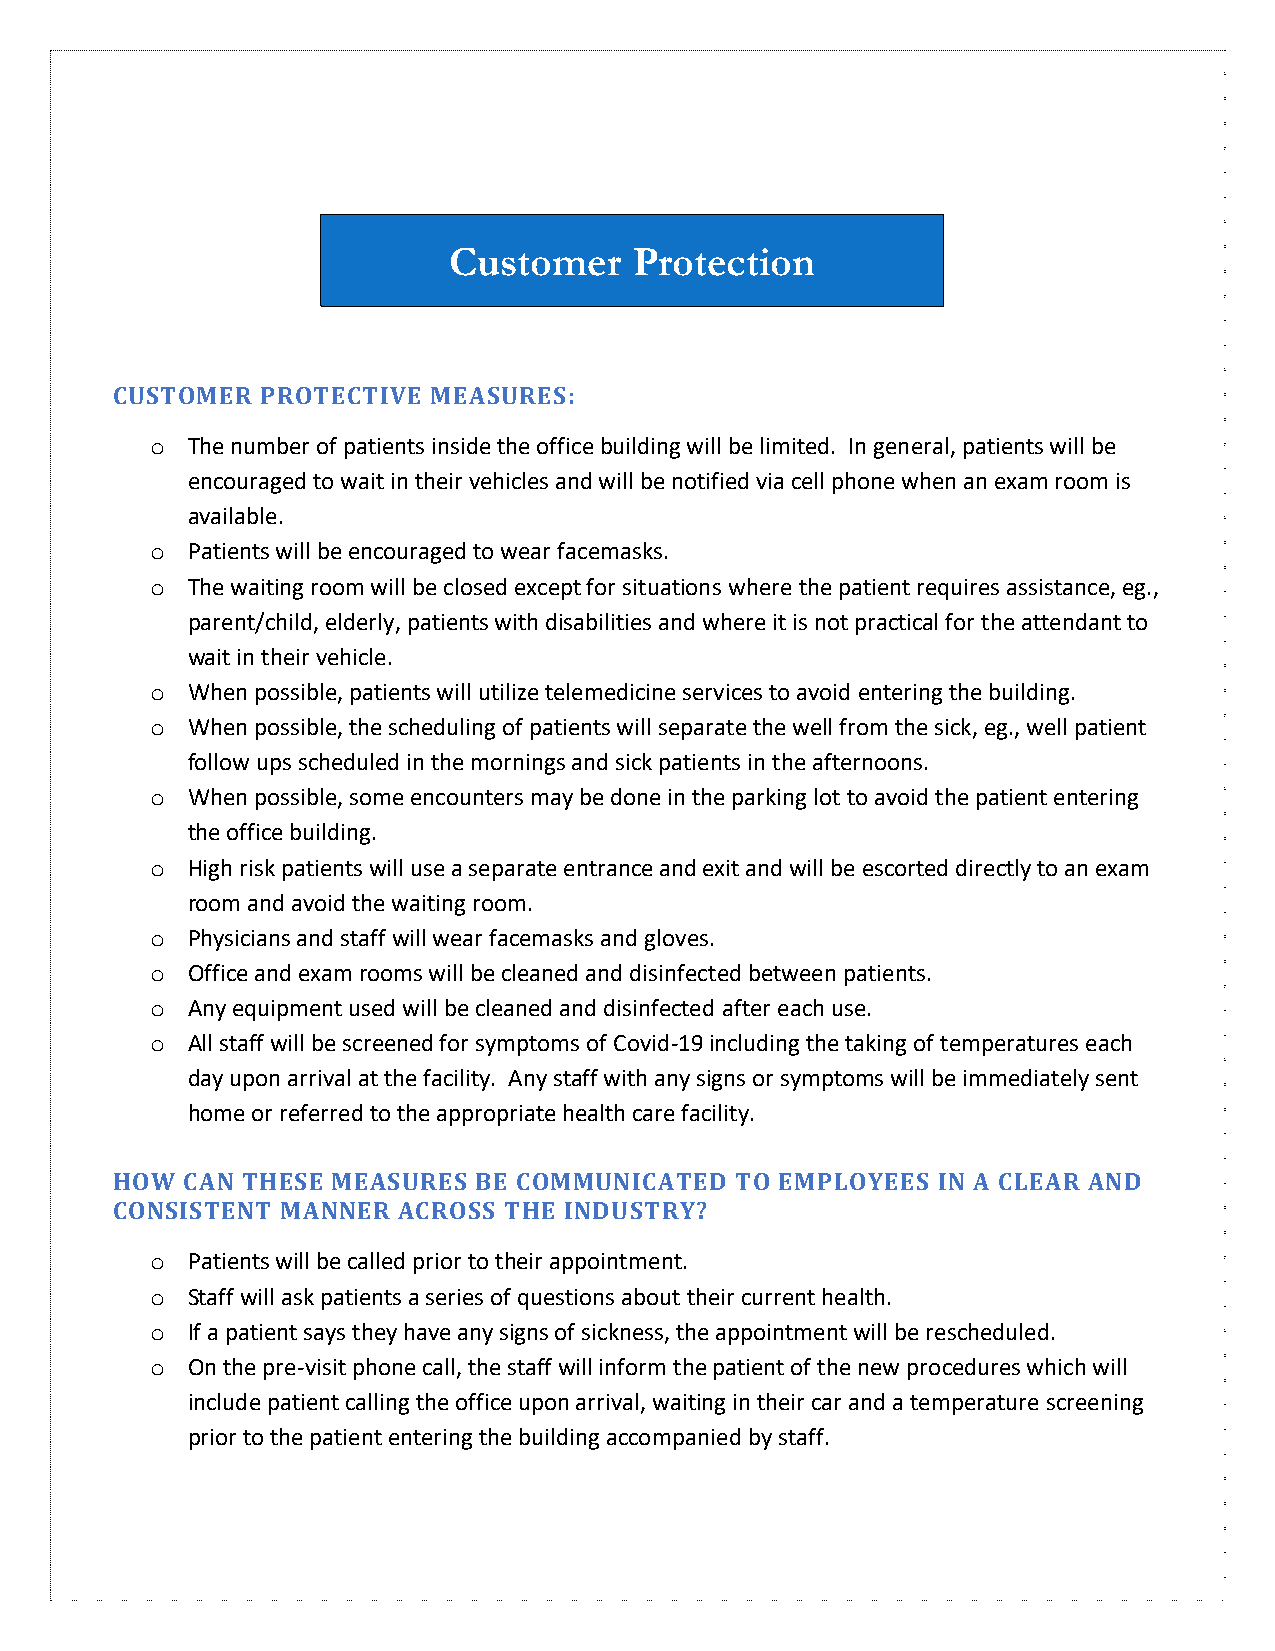
Customer    Protection
 CUSTOMER  PROTECTIVE  MEASURES:
 o The number of patients inside the office building will be limited. In general, patients will be
 encouraged to wait in their vehicles and will be notified via cell phone when an exam room is
 available.
 o Patients will be encouraged to wear facemasks.
 o The waiting room will be closed except for situations where the patient requires assistance, eg.,
 parent/child, elderly, patients with disabilities and where it is not practical for the attendant to
 wait in their vehicle.
 o When possible, patients will utilize telemedicine services to avoid entering the building.
 o When possible, the scheduling of patients will separate the well from the sick, eg., well patient
 follow ups scheduled in the mornings and sick patients in the afternoons.
 o When possible, some encounters may be done in the parking lot to avoid the patient entering
 the office building.
 o High risk patients will use a separate entrance and exit and will be escorted directly to an exam
 room and avoid the waiting room.
 o Physicians and staff will wear facemasks and gloves.
 o Office and exam rooms will be cleaned and disinfected between patients.
 o Any equipment used will be cleaned and disinfected after each use.
 o All staff will be screened for symptoms of Covid-19 including the taking of temperatures each
 day upon arrival at the facility. Any staff with any signs or symptoms will be immediately sent
 home or referred to the appropriate health care facility.
 HOW  CAN THESE MEASURES  BE COMMUNICATED  TO EMPLOYEES IN A CLEAR AND
 CONSISTENT  MANNER ACROSS THE INDUSTRY?
 o Patients will be called prior to their appointment.
 o Staff will ask patients a series of questions about their current health.
 o If a patient says they have any signs of sickness, the appointment will be rescheduled.
 o On the pre-visit phone call, the staff will inform the patient of the new procedures which will
 include patient calling the office upon arrival, waiting in their car and a temperature screening
 prior to the patient entering the building accompanied by staff.